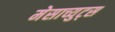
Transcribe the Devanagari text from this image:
मेसाच्युट्स